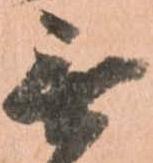
無